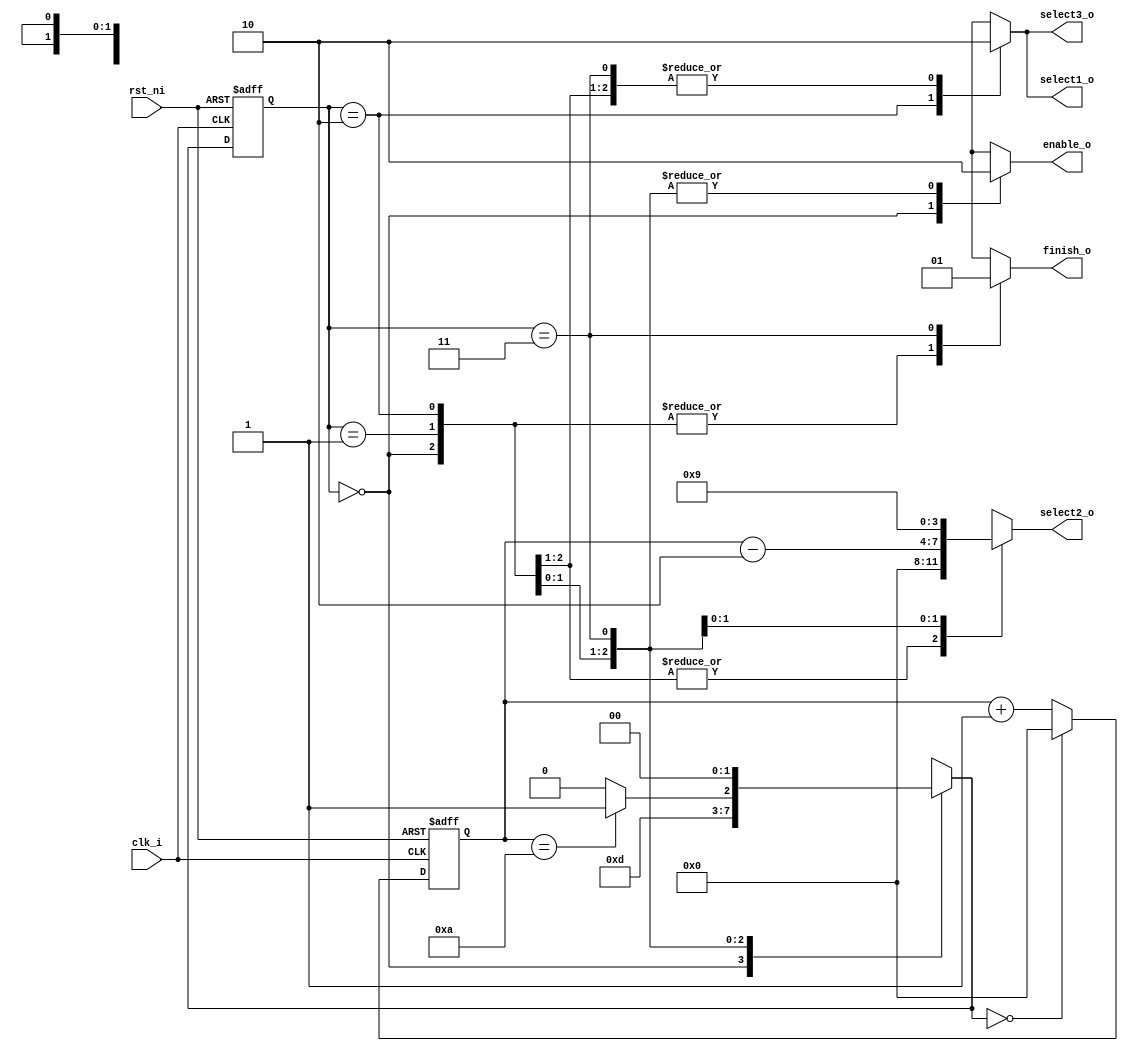
`timescale 1ns/100ps
module controller(clk_i, rst_ni, enable_o, select1_o, select2_o, select3_o, finish_o);

  input clk_i;
  input rst_ni;
  
  output enable_o;
  output select1_o;
  output [3:0] select2_o;
  output select3_o;
  output finish_o;
  
  reg enable_o;
  reg select1_o;
  reg [3:0] select2_o;
  reg select3_o;
  reg finish_o;
  
  reg [1:0] state, n_state;
  reg [3:0] counter;
  
  parameter RST      = 2'b00,
            READY    = 2'b01,
			ENCRYPT  = 2'b10,
			DONE     = 2'b11;
  
  always@(posedge clk_i or negedge rst_ni)begin
    if(~rst_ni)begin
	  state <= RST;
	  counter <= 4'd0;
	end
	else begin
	  state <= n_state;
	  if(n_state==RST)
	    counter <= 4'd0;
	  else
	    counter <= counter + 4'd1;
	end
  end
  
  always@(*)begin
    case(state)
	  RST:begin
	    enable_o = 1'b1;
		select1_o = 1'b0;//x
		select2_o = 4'b0;//x
		select3_o = 1'b0;//x
		finish_o = 1'b0;
		n_state = READY;
	  end
	  READY:begin
	    enable_o = 1'b0;
		select1_o = 1'b0;
		select2_o = 4'b0;//x
		select3_o = 1'b0;//x
		finish_o = 1'b0;
		n_state = ENCRYPT;
	  end
	  ENCRYPT:begin
	    enable_o = 1'b0;
		select1_o = 1'b1;
		select2_o = counter - 4'd2;
		select3_o = 1'b1;
		finish_o = 1'b0;
		n_state = (counter==4'd10)?DONE:ENCRYPT;
	  end
	  DONE:begin
	    enable_o = 1'b0;
		select1_o = 1'b0;//x
		select2_o = 4'd9;
		select3_o = 1'b0;
		finish_o = 1'b1;
		n_state = RST;
	  end
	  default:begin
	    enable_o = 1'bx;
		select1_o = 1'bx;
		select2_o = 4'bx;
		select3_o = 1'bx;
		finish_o = 1'bx;
		n_state = 2'bx;
	  end
	endcase
  end

endmodule